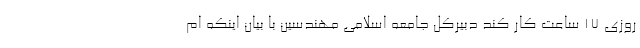
روزی ۱۷ ساعت کار کند دبیرکل جامعه اسلامی مهندسین با بیان اینکه ام